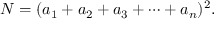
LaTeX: N = ( a _ { 1 } + a _ { 2 } + a _ { 3 } + \dotsb + a _ { n } ) ^ { 2 } .